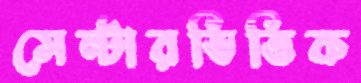
সেন্টারভিত্তিক